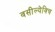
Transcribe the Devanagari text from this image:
वसील्येविच